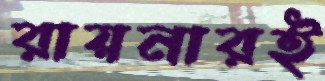
রায়নারই